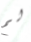
لم